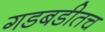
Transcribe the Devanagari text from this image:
गडबडीतच